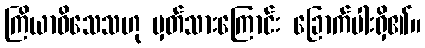
ကြိယာဝိသေသဟု မှတ်သားကြောင်း ခြောက်ပါးရှိ၏။